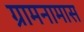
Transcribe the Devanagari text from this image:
ग्रामनामास